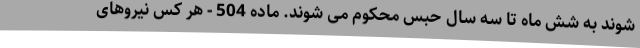
شوند به شش ماه تا سه سال حبس محکوم می‌ شوند. ماده 504 - هر کس نیروهای